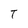
Character: T